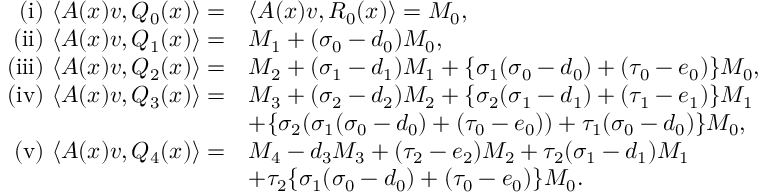
\begin{array} { r l } { \mathrm { ( i ) } ~ \langle A ( x ) v , Q _ { 0 } ( x ) \rangle = } & { \langle A ( x ) v , R _ { 0 } ( x ) \rangle = M _ { 0 } , } \\ { \mathrm { ( i i ) } ~ \langle A ( x ) v , Q _ { 1 } ( x ) \rangle = } & { M _ { 1 } + ( \sigma _ { 0 } - { d } _ { 0 } ) M _ { 0 } , } \\ { \mathrm { ( i i i ) } ~ \langle A ( x ) v , Q _ { 2 } ( x ) \rangle = } & { M _ { 2 } + ( \sigma _ { 1 } - { d } _ { 1 } ) M _ { 1 } + \{ \sigma _ { 1 } ( \sigma _ { 0 } - { d } _ { 0 } ) + ( \tau _ { 0 } - { e } _ { 0 } ) \} M _ { 0 } , } \\ { \mathrm { ( i v ) } ~ \langle A ( x ) v , Q _ { 3 } ( x ) \rangle = } & { M _ { 3 } + ( \sigma _ { 2 } - { d } _ { 2 } ) M _ { 2 } + \{ \sigma _ { 2 } ( \sigma _ { 1 } - { d } _ { 1 } ) + ( \tau _ { 1 } - { e } _ { 1 } ) \} M _ { 1 } } \\ & { + \{ \sigma _ { 2 } ( \sigma _ { 1 } ( \sigma _ { 0 } - { d } _ { 0 } ) + ( \tau _ { 0 } - { e } _ { 0 } ) ) + \tau _ { 1 } ( \sigma _ { 0 } - { d } _ { 0 } ) \} M _ { 0 } , } \\ { \mathrm { ( v ) } ~ \langle A ( x ) v , Q _ { 4 } ( x ) \rangle = } & { M _ { 4 } - { d } _ { 3 } M _ { 3 } + ( \tau _ { 2 } - { e } _ { 2 } ) M _ { 2 } + \tau _ { 2 } ( \sigma _ { 1 } - { d } _ { 1 } ) M _ { 1 } } \\ & { + \tau _ { 2 } \{ \sigma _ { 1 } ( \sigma _ { 0 } - { d } _ { 0 } ) + ( \tau _ { 0 } - { e } _ { 0 } ) \} M _ { 0 } . } \end{array}